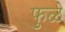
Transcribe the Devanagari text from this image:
फुळे